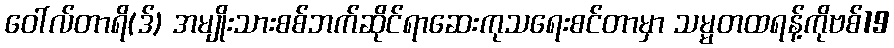
ဝေါ်လ်တာရိ(ဒ်) အမျိုးသားစစ်ဘက်ဆိုင်ရာဆေးကုသရေးစင်တာမှာ သမ္မတထရန့်ကိုဗစ်19